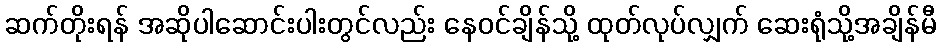
ဆက်တိုးရန် အဆိုပါဆောင်းပါးတွင်လည်း နေဝင်ချိန်သို့ ထုတ်လုပ်လျှက် ဆေးရုံသို့အချိန်မီ